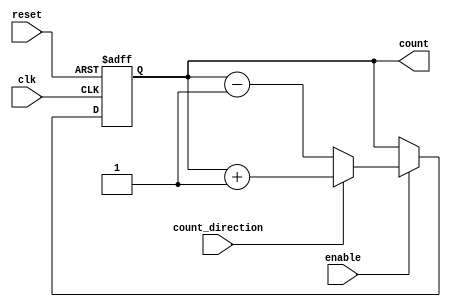
module cascaded_counter (
    input wire clk,           // Clock signal
    input wire reset,         // Asynchronous reset
    input wire enable,        // Enable signal for counting
    input wire count_direction, // Control signal for counting direction (1 for up, 0 for down)
    output reg [n-1:0] count // Output count
);

    parameter n = 4; // Number of stages (4 for a 4-bit counter)

    // Internal flip-flop registers for each bit of the counter
    reg [n-1:0] ff;

    always @(posedge clk or posedge reset) begin
        // Asynchronous reset
        if (reset) begin
            ff <= 0; // Reset all flip-flops
        end else if (enable) begin
            // Count logic based on the counting direction
            if (count_direction) begin
                ff <= ff + 1; // Count up
            end else begin
                ff <= ff - 1; // Count down
            end
        end
    end

    // Assign the internal register to the output count
    always @(ff) begin
        count <= ff;
    end

endmodule